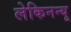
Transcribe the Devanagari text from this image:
लेकिनन्यू